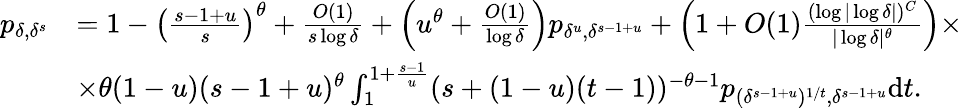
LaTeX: \begin{array}{rl}{p_{\delta,\delta^{s}}}&{=1-\left(\frac{s-1+u}{s}\right)^{\theta}+\frac{O(1)}{s\log\delta}+\left(u^{\theta}+\frac{O(1)}{\log\delta}\right)p_{\delta^{u},\delta^{s-1+u}}+\left(1+O(1)\frac{(\log|\log\delta|)^{C}}{|\log\delta|^{\theta}}\right)\times}\\ &{\times\theta(1-u)(s-1+u)^{\theta}\int_{1}^{1+\frac{s-1}{u}}(s+(1-u)(t-1))^{-\theta-1}p_{(\delta^{s-1+u})^{1/t},\delta^{s-1+u}}\mathrm{d}t.}\end{array}